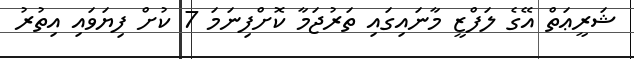
ޝަރީޢަތް އޭގެ ލަފްޒީ މާނައިގައި ތަރުޖަމާ ކޮށްފިނަމަ 7 ކުށް ފިޔަވައި އިތުރު